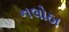
નલોઠા